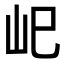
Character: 𡵆